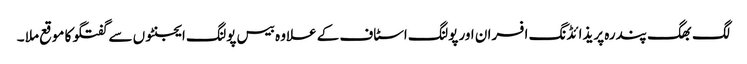
لگ بھگ پندرہ پریذائڈنگ افسران اور پولنگ اسٹاف کے علاوہ بیس پولنگ ایجنٹوں سے گفتگو کا موقع ملا ۔